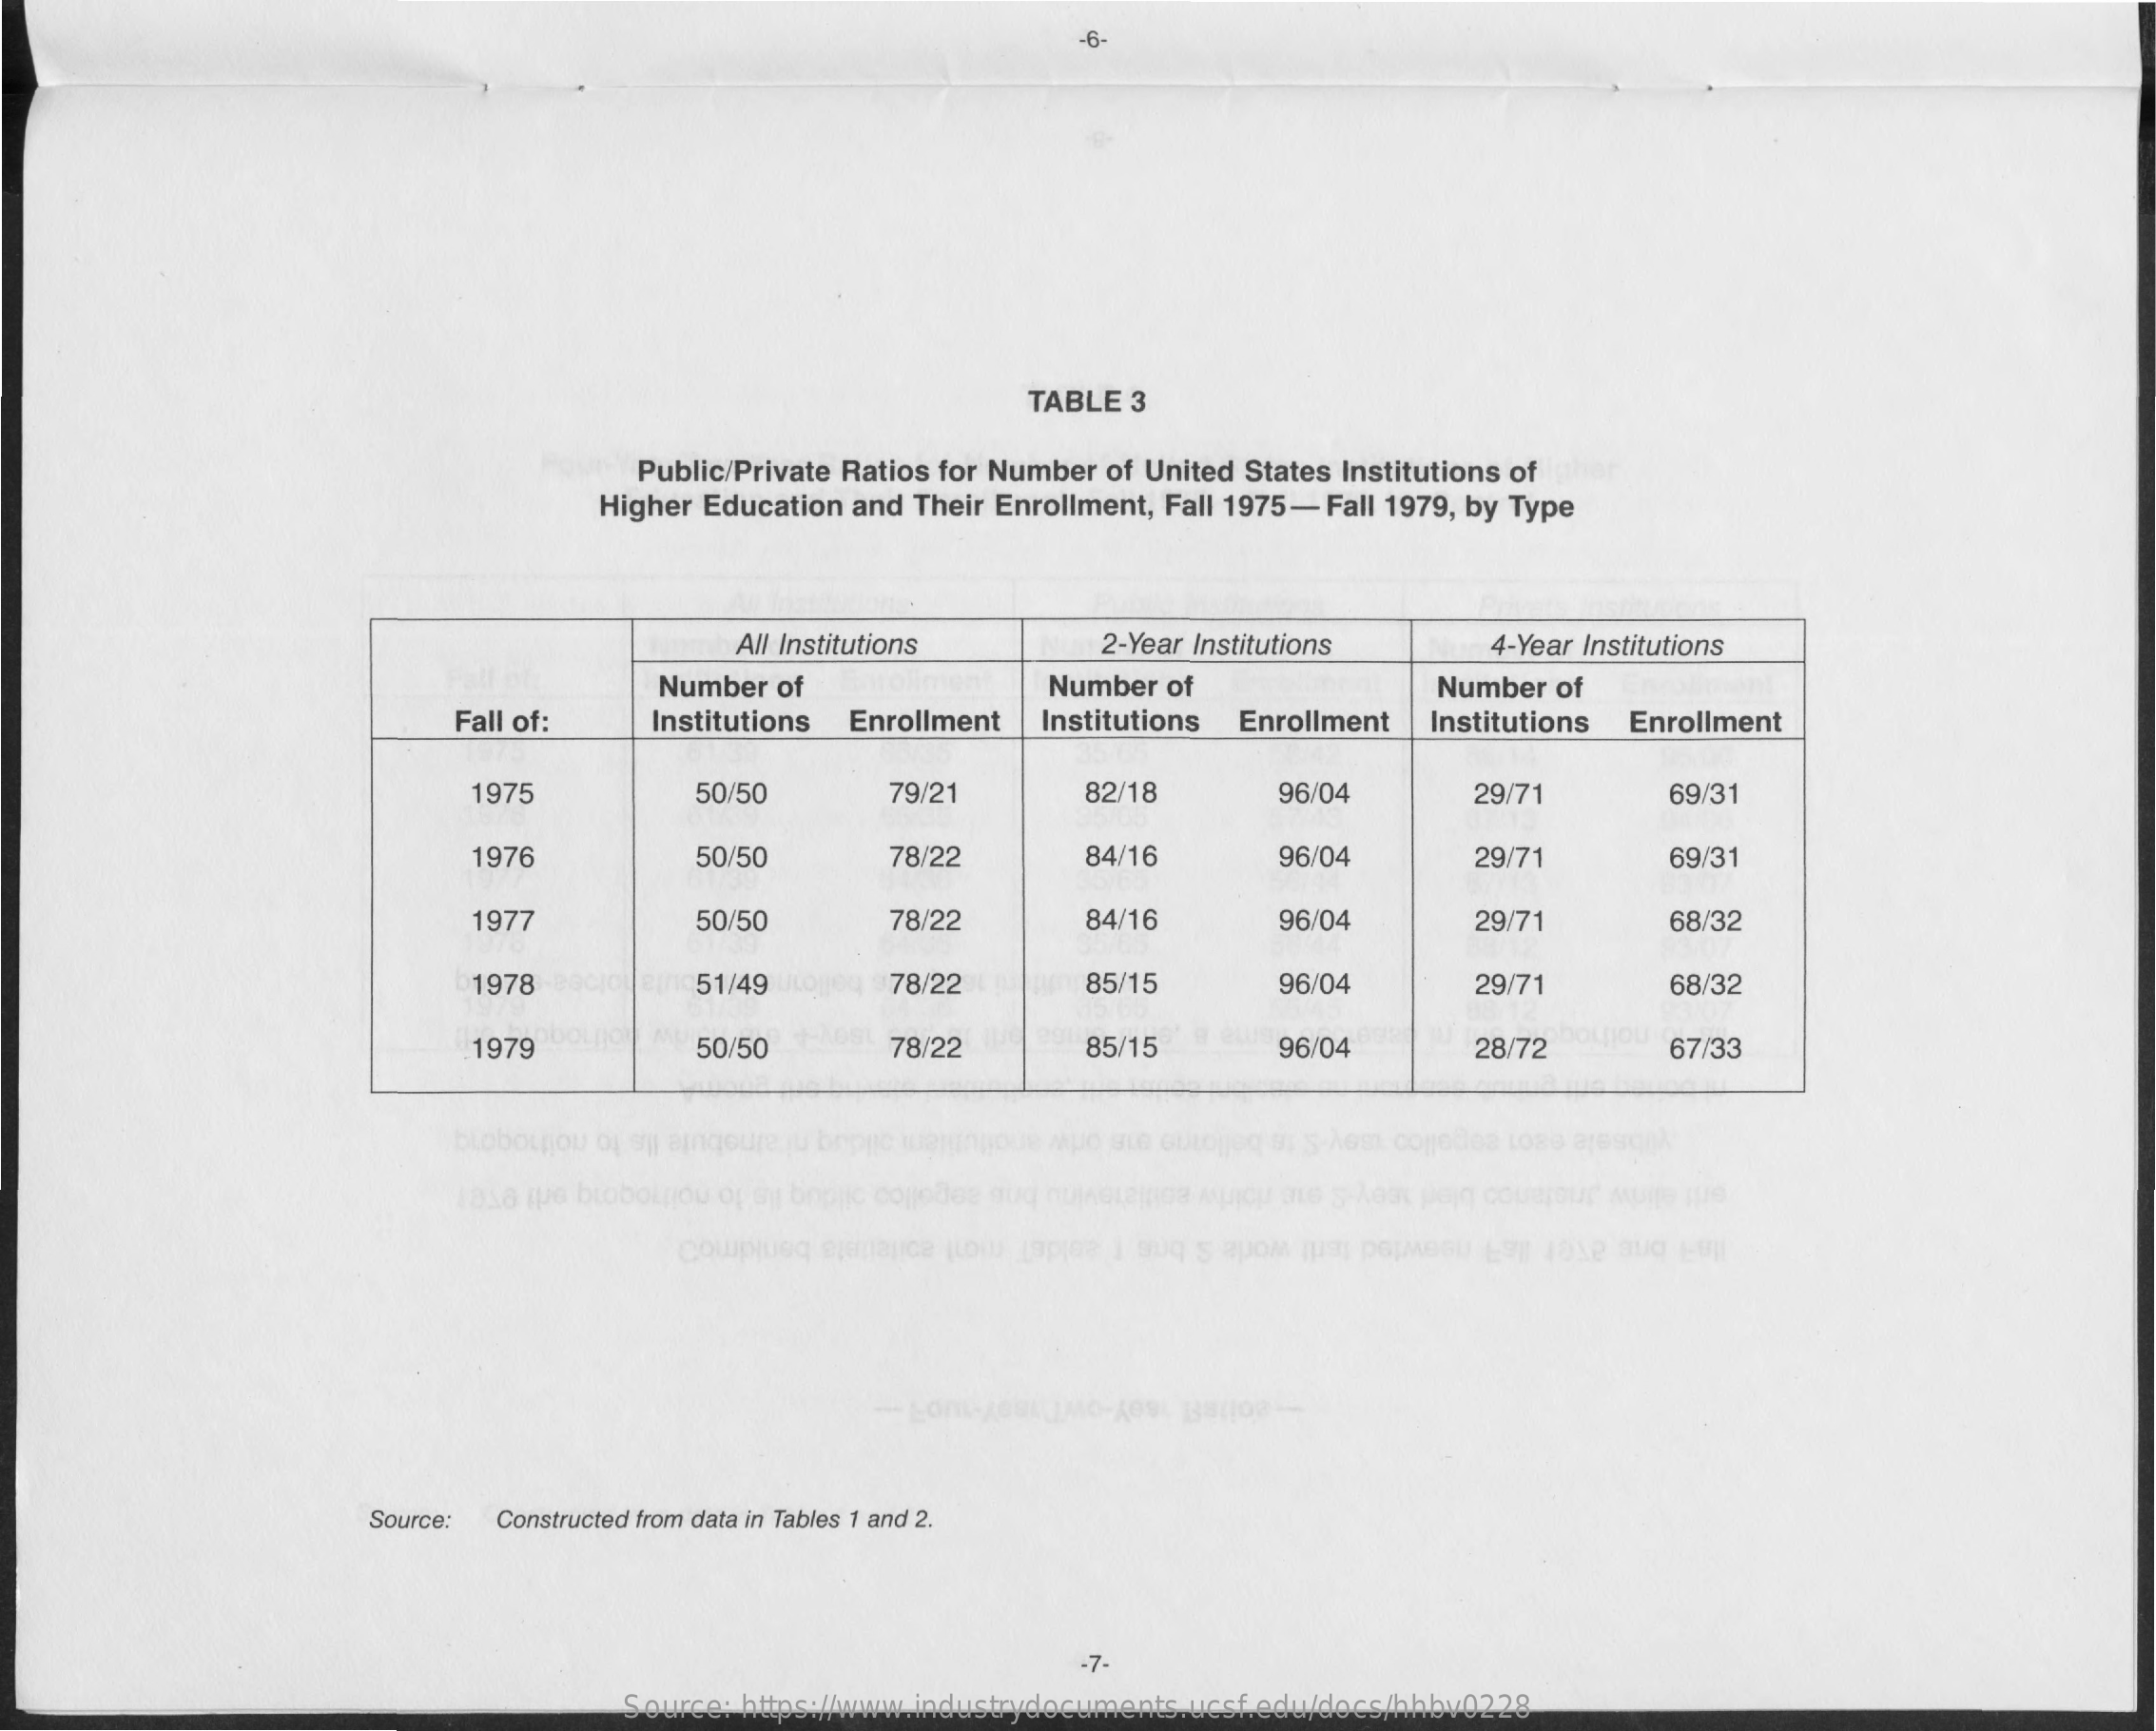
-6-
     TABLE 3
     Public/Private Ratios for Number of United States Institutions of
     Higher Education and Their Enrollment, Fall 1975- Fall 1979, by Type
     All Institutions    2-Year Institutions  4-Year Institutions
     Number of    Number of    Number of
     Fall of:   Institutions Enrollment Institutions Enrollment Institutions Enrollment
     1975    50/50    79/21    82/18    96/04    29/71    69/31
     1976    50/50    78/22    84/16    96/04    29/71    69/31
     1977    50/50    78/22    84/16    96/04    29/71    68/32
     1978    51/49    78/22    85/15    96/04    29/71    68/32
     1979    50/50    78/22    85/15    96/04    28/72    67/33
     Taxa ipe biobolyjou of sy bopik
     Source: Constructed from data in Tables 1 and 2.
     -7-
     Source: https://www.industrydocuments.ucsf.edu/docs/hhbv0228